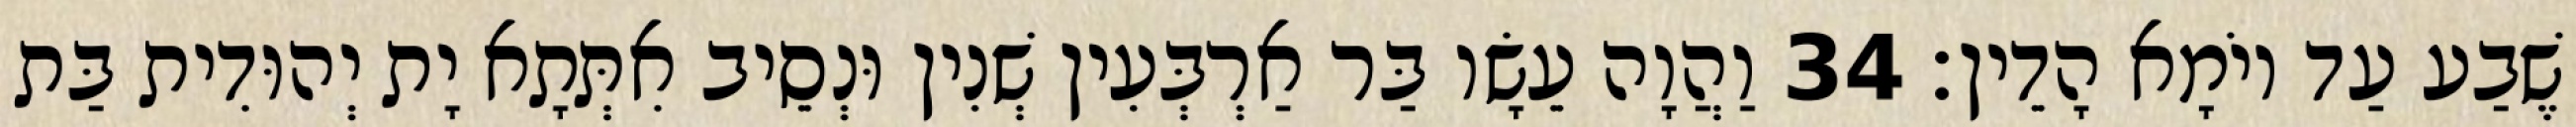
שֶׁבַע עַד יוֹמָא הָדֵין׃ 34 וַהֲוָה עֵשָׂו בַּר אַרְבְּעִין שְׁנִין וּנְסֵיב אִתְּתָא יָת יְהוּדִית בַּת